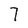
Character: 7